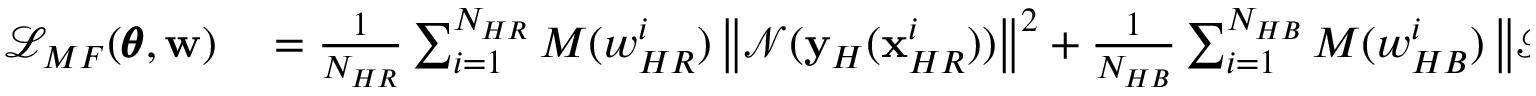
\begin{array} { r l } { \mathcal { L } _ { M F } ( \pmb { \theta } , \mathbf { w } ) } & { { } = { \frac { 1 } { N _ { H R } } \sum _ { i = 1 } ^ { N _ { H R } } { M ( w _ { H R } ^ { i } ) \left\| \mathcal { N } ( \mathbf { y } _ { H } ( \mathbf { x } _ { H R } ^ { i } ) ) \right\| ^ { 2 } } + \frac { 1 } { N _ { H B } } \sum _ { i = 1 } ^ { N _ { H B } } { M ( w _ { H B } ^ { i } ) \left\| \mathcal { B } ( \mathbf { y } _ { H } ( \mathbf { x } _ { H B } ^ { i } ) ) \right\| ^ { 2 } } } } \end{array}